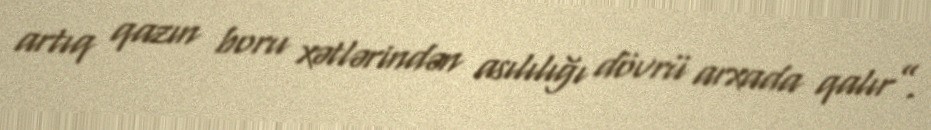
artıq qazın boru xətlərindən asılılığı dövrü arxada qalır”.